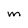
Character: M